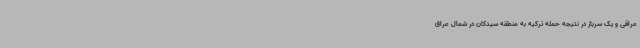
عراقی و یک سرباز در نتیجه حمله ترکیه به منطقه سیدکان در شمال عراق